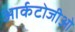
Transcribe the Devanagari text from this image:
आर्कटोजीओ